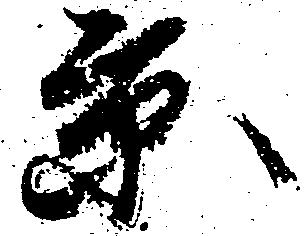
景